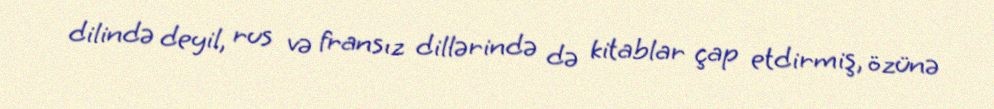
dilində deyil, rus və fransız dillərində də kitablar çap etdirmiş, özünə